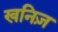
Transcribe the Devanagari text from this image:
खनिज़